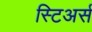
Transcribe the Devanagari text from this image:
स्टिअर्स